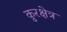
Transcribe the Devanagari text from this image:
कुरक्षेत्र